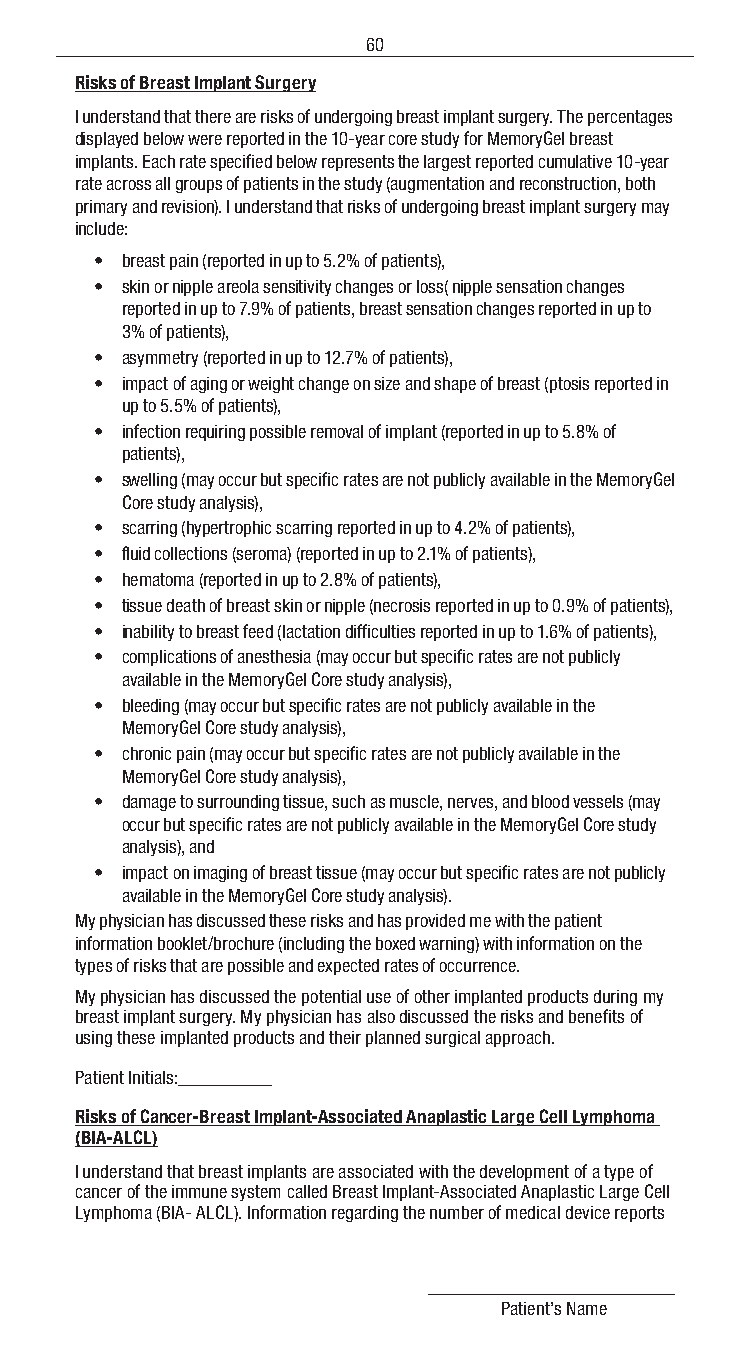
60
 Risks of Breast Implant Surgery
 I understand that there are risks of undergoing breast implant surgery. The percentages
 displayed below were reported in the 10-year core study for MemoryGel breast
 implants. Each rate specified below represents the largest reported cumulative 10-year
 rate across all groups of patients in the study (augmentation and reconstruction, both
 primary and revision). I understand that risks of undergoing breast implant surgery may
 include:
 • breast pain (reported in up to 5.2% of patients),
 • skin or nipple areola sensitivity changes or loss( nipple sensation changes
 reported in up to 7.9% of patients, breast sensation changes reported in up to
 3% of patients),
 • asymmetry (reported in up to 12.7% of patients),
 • impact of aging or weight change on size and shape of breast (ptosis reported in
 up to 5.5% of patients),
 • infection requiring possible removal of implant (reported in up to 5.8% of
 patients),
 • swelling (may occur but specific rates are not publicly available in the MemoryGel
 Core study analysis),
 • scarring (hypertrophic scarring reported in up to 4.2% of patients),
 • fluid collections (seroma) (reported in up to 2.1% of patients),
 • hematoma (reported in up to 2.8% of patients),
 • tissue death of breast skin or nipple (necrosis reported in up to 0.9% of patients),
 • inability to breast feed (lactation difficulties reported in up to 1.6% of patients),
 • complications of anesthesia (may occur but specific rates are not publicly
 available in the MemoryGel Core study analysis),
 • bleeding (may occur but specific rates are not publicly available in the
 MemoryGel Core study analysis),
 • chronic pain (may occur but specific rates are not publicly available in the
 MemoryGel Core study analysis),
 • damage to surrounding tissue, such as muscle, nerves, and blood vessels (may
 occur but specific rates are not publicly available in the MemoryGel Core study
 analysis), and
 • impact on imaging of breast tissue (may occur but specific rates are not publicly
 available in the MemoryGel Core study analysis).
 My physician has discussed these risks and has provided me with the patient
 information booklet/brochure (including the boxed warning) with information on the
 types of risks that are possible and expected rates of occurrence.
 My physician has discussed the potential use of other implanted products during my
 breast implant surgery. My physician has also discussed the risks and benefits of
 using these implanted products and their planned surgical approach.
 Patient Initials:
 Risks of Cancer-Breast Implant-Associated Anaplastic Large Cell Lymphoma
 (BIA-ALCL)
 I understand that breast implants are associated with the development of a type of
 cancer of the immune system called Breast Implant-Associated Anaplastic Large Cell
 Lymphoma (BIA- ALCL). Information regarding the number of medical device reports
 Patient’s Name